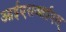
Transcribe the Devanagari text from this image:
आईएसआईएल्